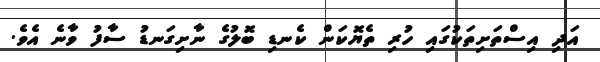
އަދި އިސްތަށިތަކުގައި ހުރި ތެޔޮކަން ކެނޑި ބޮލުގެ ނާށިގަނޑު ސާފު ވާނެ އެވެ.